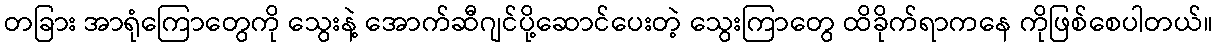
တခြား အာရုံကြောတွေကို သွေးနဲ့ အောက်ဆီဂျင်ပို့ဆောင်ပေးတဲ့ သွေးကြာတွေ ထိခိုက်ရာကနေ ကိုဖြစ်စေပါတယ်။